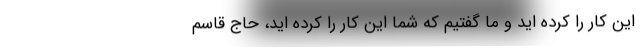
این کار را کرده اید و ما گفتیم که شما این کار را کرده اید، حاج قاسم